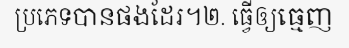
ប្រភេទបានផងដែរ។២. ធ្វើឲ្យធ្មេញ